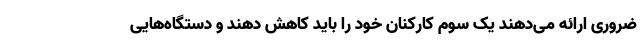
ضروری ارائه می‌دهند یک سوم کارکنان خود را باید کاهش دهند و دستگاه‌هایی